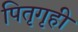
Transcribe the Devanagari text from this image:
पितृगृही